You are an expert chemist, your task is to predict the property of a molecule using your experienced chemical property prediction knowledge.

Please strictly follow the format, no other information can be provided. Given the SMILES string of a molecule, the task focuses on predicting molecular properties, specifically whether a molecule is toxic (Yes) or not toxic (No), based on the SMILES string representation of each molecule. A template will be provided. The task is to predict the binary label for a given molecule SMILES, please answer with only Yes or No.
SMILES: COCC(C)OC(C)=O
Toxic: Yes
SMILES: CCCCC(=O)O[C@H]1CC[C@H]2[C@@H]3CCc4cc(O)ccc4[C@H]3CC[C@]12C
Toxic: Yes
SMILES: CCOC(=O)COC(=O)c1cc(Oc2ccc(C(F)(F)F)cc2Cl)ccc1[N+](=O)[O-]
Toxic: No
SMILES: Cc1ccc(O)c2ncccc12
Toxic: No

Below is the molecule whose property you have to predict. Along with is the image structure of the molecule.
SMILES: CC(C)c1ccc(C(=O)N=C(N)N)cc1S(C)(=O)=O
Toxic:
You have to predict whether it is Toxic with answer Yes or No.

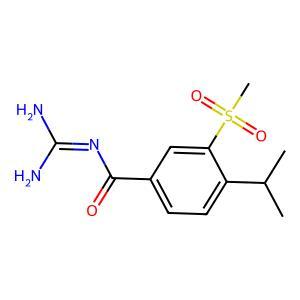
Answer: No